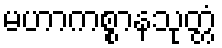
မဟာကစ္စာနသုတ္တံ